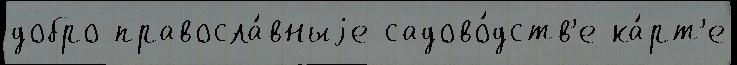
добро правосла́вныjе садово́дств'е ка́рт'е